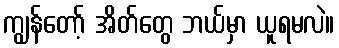
ကျွန်တော့် အိတ်တွေ ဘယ်မှာ ယူရမလဲ။